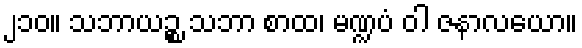
၂၁၀။ သဘာယဉ္စ သဘာ စာထ၊ မဏ္ဍပံ ဝါ ဇနာလယော။